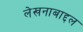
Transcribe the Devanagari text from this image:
लेखनाबाद्दल